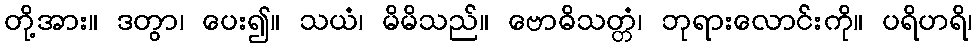
တို့အား။ ဒတွာ၊ ပေး၍။ သယံ၊ မိမိသည်။ ဗောဓိသတ္တံ၊ ဘုရားလောင်းကို။ ပရိဟရိ၊